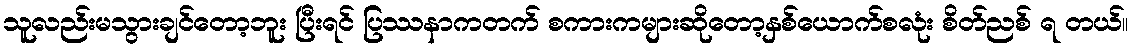
သူလည်းမသွားချင်တော့ဘူး ပြီးရင် ပြဿနာကတက် စကားကများဆိုတော့နှစ်ယောက်စလုံး စိတ်ညစ် ရ တယ်။